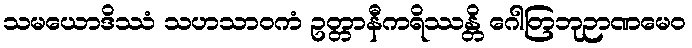
သမယောဒိဿံ သဟသာဝကံ ဥတ္တာနီကရိဿန္တိ ဂေါတြဘုဉာဏမေဝ